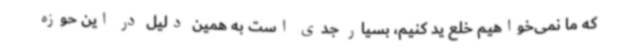
که ما نمی‌خواهیم خلع ید کنیم، بسیار جدی است به همین دلیل در این حوزه